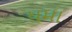
ધમા